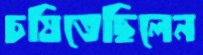
চষিতেছিলেন